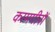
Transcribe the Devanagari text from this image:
कामगीरों